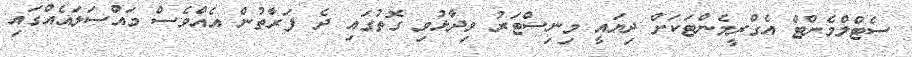
ސެޓްލްމެންޓް އެގްރީމެންޓަކަށް ދިޔައީ މިނިސްޓަރު ވިދާޅުވި ގޮތުގައި ދެ ފަރާތުން އެއްވެސް މައްސަލައެއްގައި